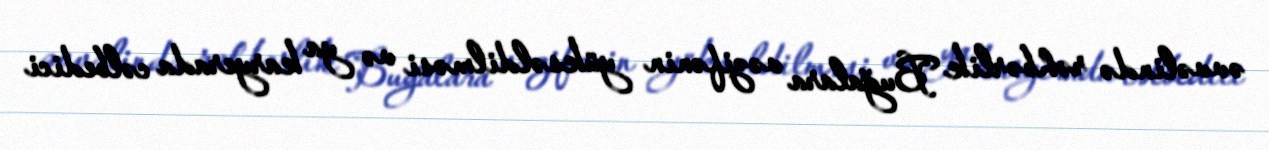
əvvəlində rəhbərlik Buğalara vəzifənin yüksəldilməsi və ya karyerada cəlbedici